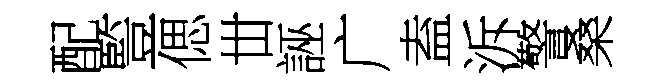
配䜿偲丗誣广盍泝警桑